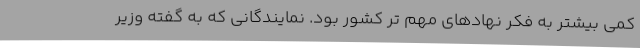
کمی بیشتر به فکر نهادهای مهم تر کشور بود. نمایندگانی که به گفته وزیر